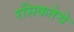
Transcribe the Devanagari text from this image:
रसिकतेचे